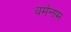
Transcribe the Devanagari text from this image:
वर्मनाम